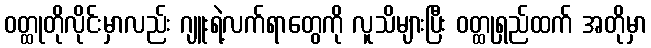
ဝတ္ထုတိုလိုင်းမှာလည်း ဂျူးရဲ့လက်ရာတွေကို လူသိများပြီး ဝတ္ထုရှည်ထက် အတိုမှာ